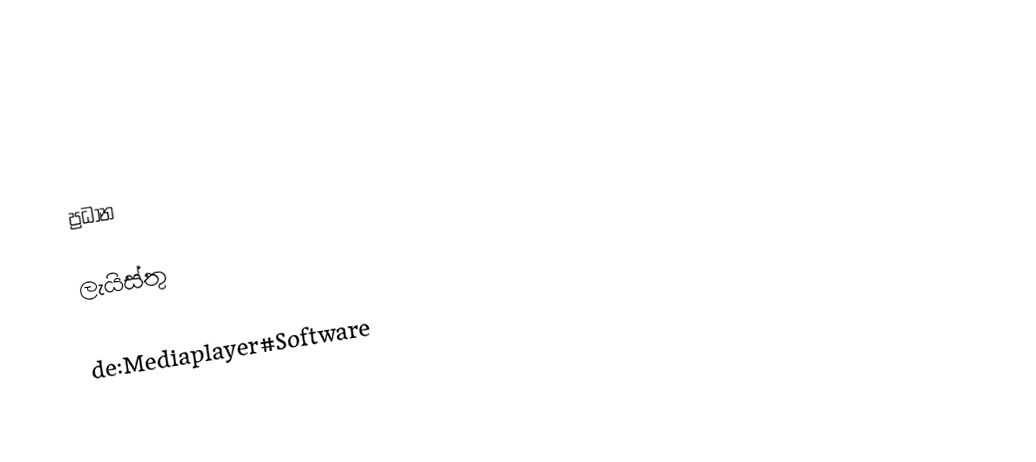

ප්‍රධාන

ලැයිස්තු

de:Mediaplayer#Software